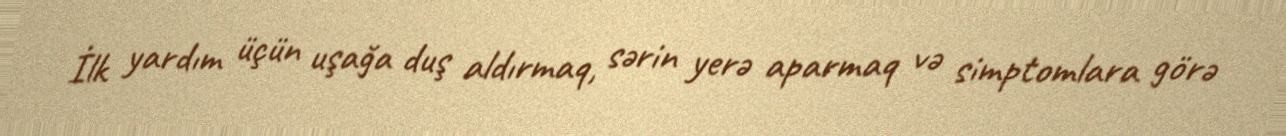
İlk yardım üçün uşağa duş aldırmaq, sərin yerə aparmaq və simptomlara görə